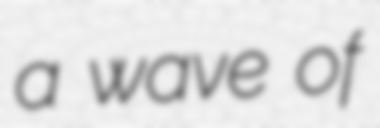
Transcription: a wave of